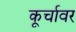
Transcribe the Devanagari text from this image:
कूर्चावर